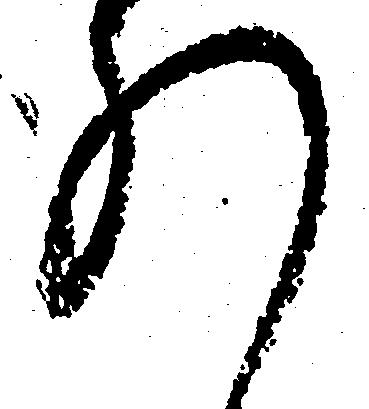
れ